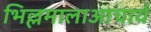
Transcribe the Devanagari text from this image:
भिल्लमालाआचार्य